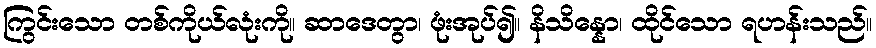
ကြွင်းသော တစ်ကိုယ်လုံးကို။ ဆာဒေတွာ၊ ဖုံးအုပ်၍။ နိသိန္နော၊ ထိုင်သော ရဟန်းသည်။